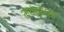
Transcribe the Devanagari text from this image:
मयंकभरत